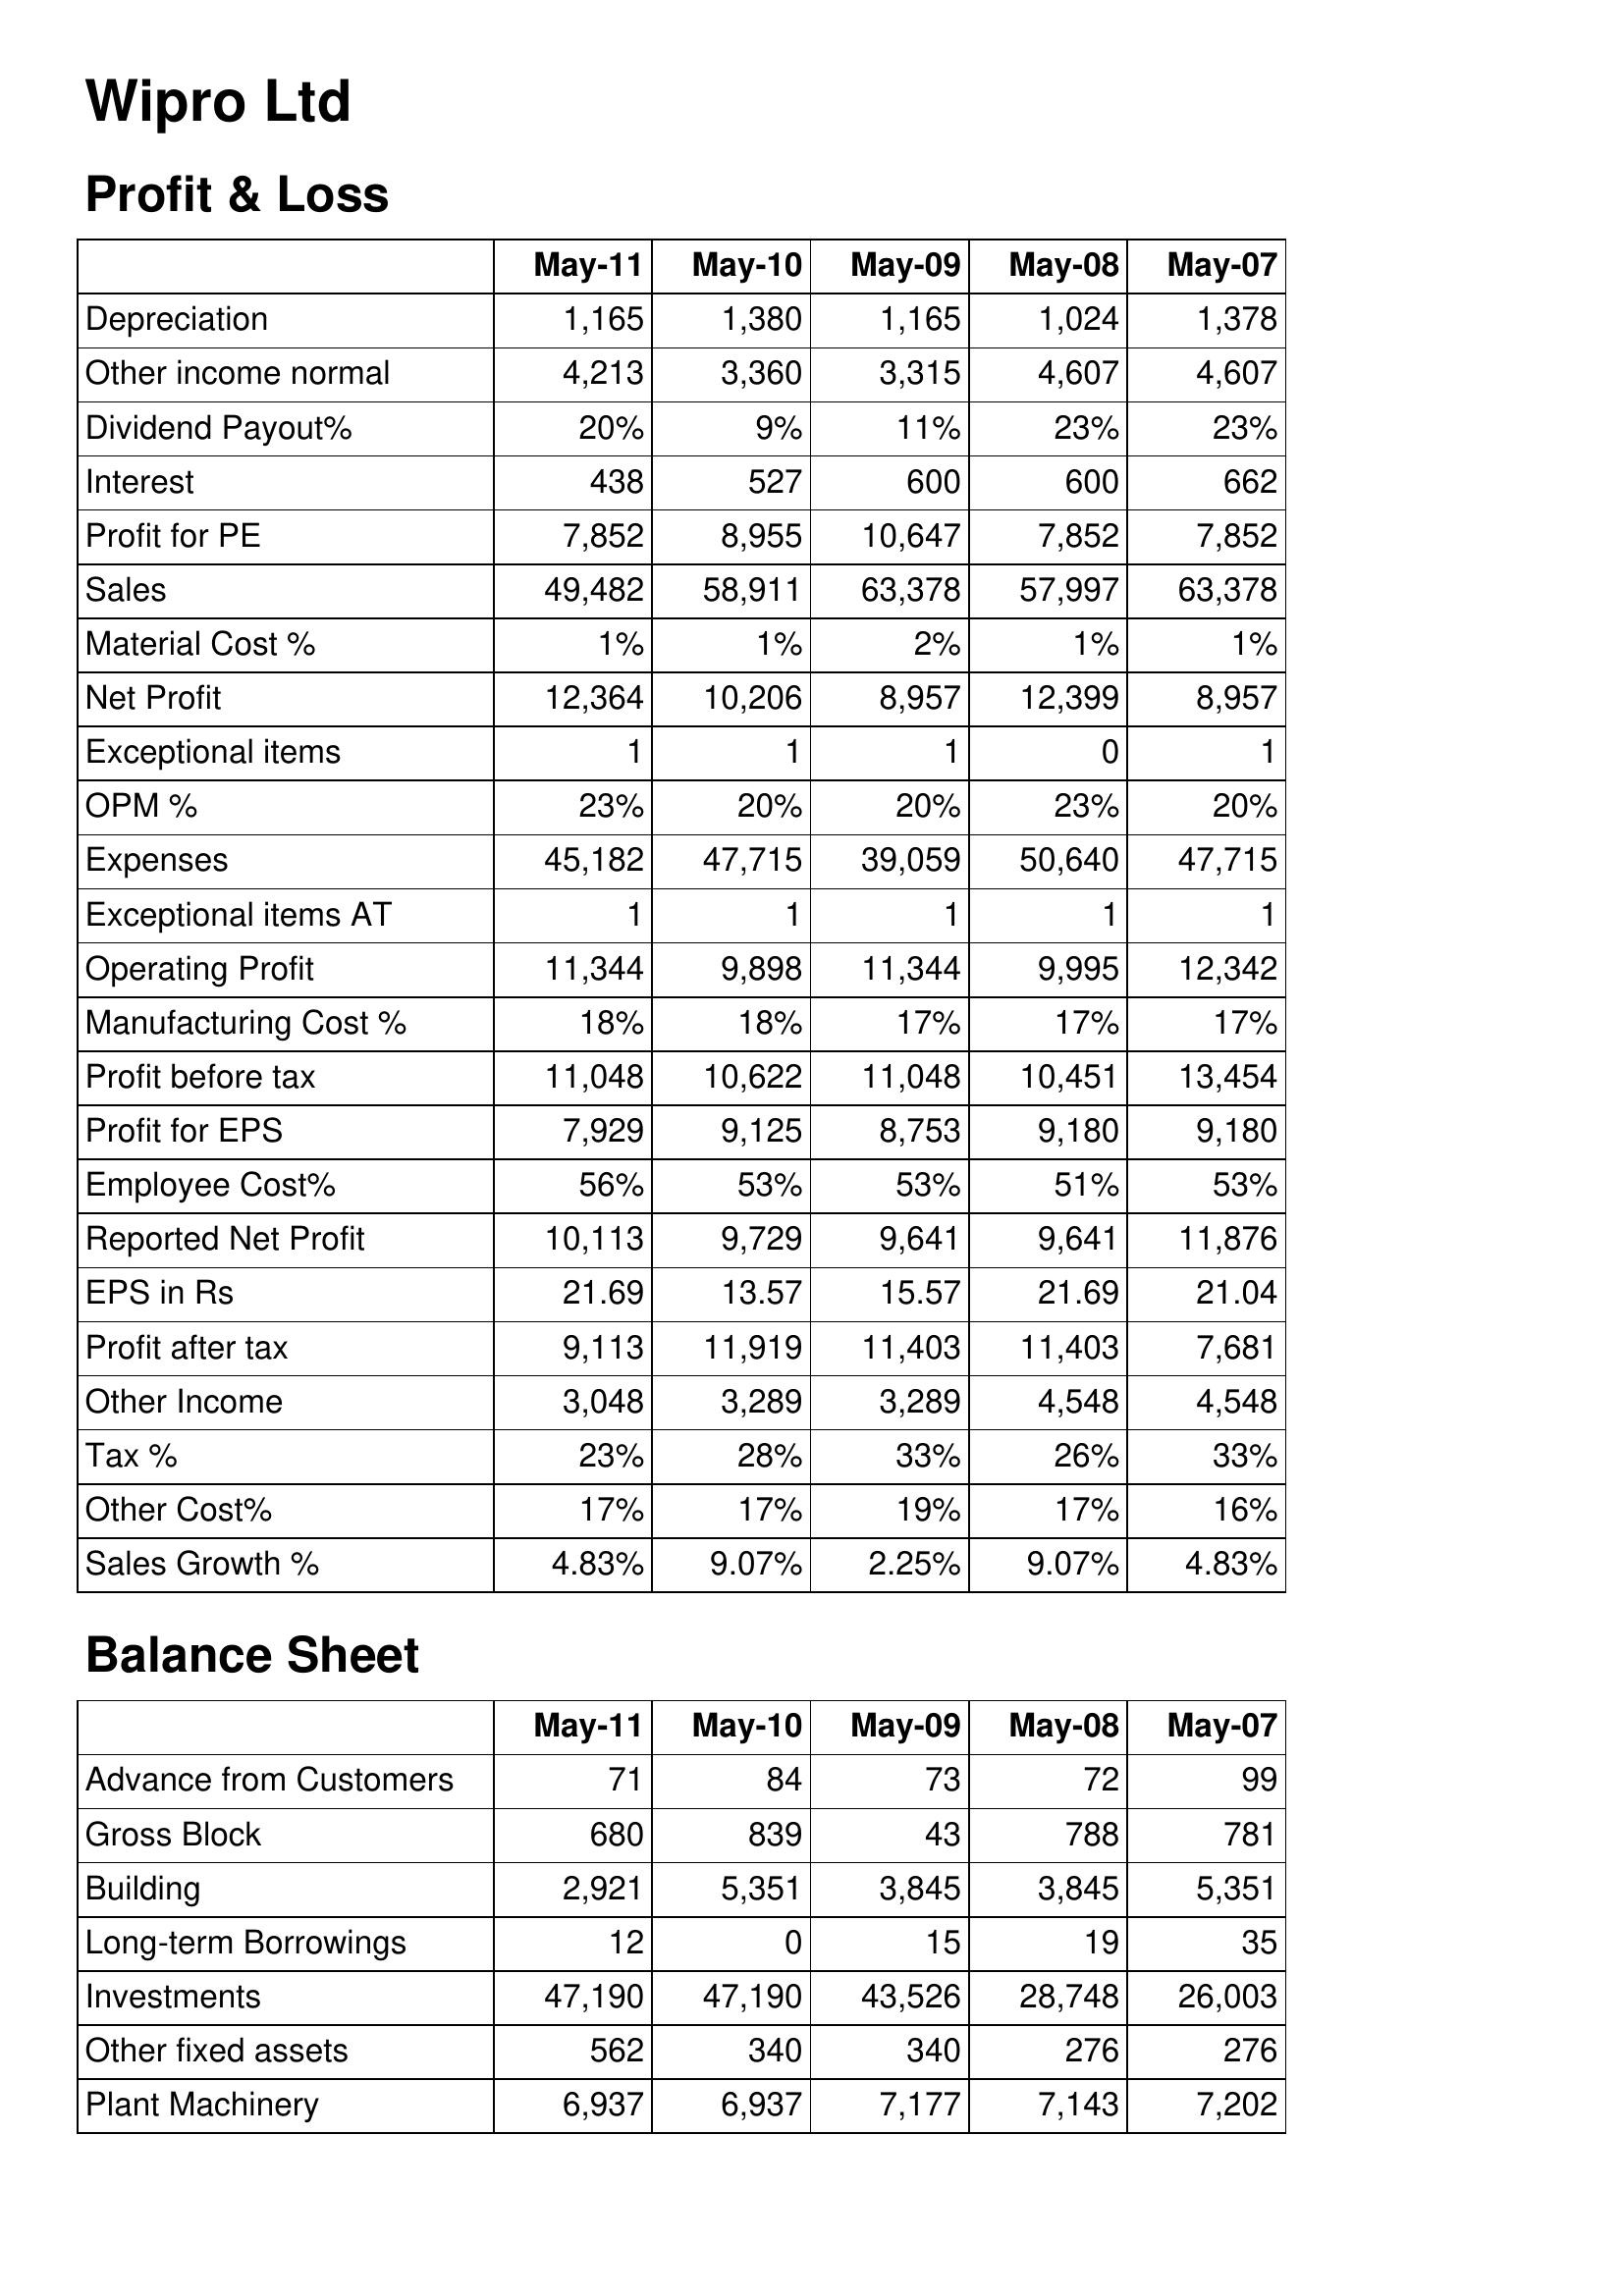
May-11: Profit & Loss: Depreciation: 1,165
Other income normal: 4,213
Dividend Payout%: 20%
Interest: 438
Profit for PE: 7,852
Sales: 49,482
Material Cost %: 1%
Net Profit: 12,364
Exceptional items: 1
OPM %: 23%
Expenses: 45,182
Exceptional items AT: 1
Operating Profit: 11,344
Manufacturing Cost %: 18%
Profit before tax: 11,048
Profit for EPS: 7,929
Employee Cost%: 56%
Reported Net Profit: 10,113
EPS in Rs: 21.69
Profit after tax: 9,113
Other Income: 3,048
Tax %: 23%
Other Cost%: 17%
Sales Growth %: 4.83%
Balance Sheet: Advance from Customers: 71
Gross Block: 680
Building: 2,921
Long-term Borrowings: 12
Investments: 47,190
Other fixed assets: 562
Plant Machinery: 6,937
May-10: Profit & Loss: Depreciation: 1,380
Other income normal: 3,360
Dividend Payout%: 9%
Interest: 527
Profit for PE: 8,955
Sales: 58,911
Material Cost %: 1%
Net Profit: 10,206
Exceptional items: 1
OPM %: 20%
Expenses: 47,715
Exceptional items AT: 1
Operating Profit: 9,898
Manufacturing Cost %: 18%
Profit before tax: 10,622
Profit for EPS: 9,125
Employee Cost%: 53%
Reported Net Profit: 9,729
EPS in Rs: 13.57
Profit after tax: 11,919
Other Income: 3,289
Tax %: 28%
Other Cost%: 17%
Sales Growth %: 9.07%
Balance Sheet: Advance from Customers: 84
Gross Block: 839
Building: 5,351
Long-term Borrowings: 0
Investments: 47,190
Other fixed assets: 340
Plant Machinery: 6,937
May-09: Profit & Loss: Depreciation: 1,165
Other income normal: 3,315
Dividend Payout%: 11%
Interest: 600
Profit for PE: 10,647
Sales: 63,378
Material Cost %: 2%
Net Profit: 8,957
Exceptional items: 1
OPM %: 20%
Expenses: 39,059
Exceptional items AT: 1
Operating Profit: 11,344
Manufacturing Cost %: 17%
Profit before tax: 11,048
Profit for EPS: 8,753
Employee Cost%: 53%
Reported Net Profit: 9,641
EPS in Rs: 15.57
Profit after tax: 11,403
Other Income: 3,289
Tax %: 33%
Other Cost%: 19%
Sales Growth %: 2.25%
Balance Sheet: Advance from Customers: 73
Gross Block: 43
Building: 3,845
Long-term Borrowings: 15
Investments: 43,526
Other fixed assets: 340
Plant Machinery: 7,177
May-08: Profit & Loss: Depreciation: 1,024
Other income normal: 4,607
Dividend Payout%: 23%
Interest: 600
Profit for PE: 7,852
Sales: 57,997
Material Cost %: 1%
Net Profit: 12,399
Exceptional items: 0
OPM %: 23%
Expenses: 50,640
Exceptional items AT: 1
Operating Profit: 9,995
Manufacturing Cost %: 17%
Profit before tax: 10,451
Profit for EPS: 9,180
Employee Cost%: 51%
Reported Net Profit: 9,641
EPS in Rs: 21.69
Profit after tax: 11,403
Other Income: 4,548
Tax %: 26%
Other Cost%: 17%
Sales Growth %: 9.07%
Balance Sheet: Advance from Customers: 72
Gross Block: 788
Building: 3,845
Long-term Borrowings: 19
Investments: 28,748
Other fixed assets: 276
Plant Machinery: 7,143
May-07: Profit & Loss: Depreciation: 1,378
Other income normal: 4,607
Dividend Payout%: 23%
Interest: 662
Profit for PE: 7,852
Sales: 63,378
Material Cost %: 1%
Net Profit: 8,957
Exceptional items: 1
OPM %: 20%
Expenses: 47,715
Exceptional items AT: 1
Operating Profit: 12,342
Manufacturing Cost %: 17%
Profit before tax: 13,454
Profit for EPS: 9,180
Employee Cost%: 53%
Reported Net Profit: 11,876
EPS in Rs: 21.04
Profit after tax: 7,681
Other Income: 4,548
Tax %: 33%
Other Cost%: 16%
Sales Growth %: 4.83%
Balance Sheet: Advance from Customers: 99
Gross Block: 781
Building: 5,351
Long-term Borrowings: 35
Investments: 26,003
Other fixed assets: 276
Plant Machinery: 7,202